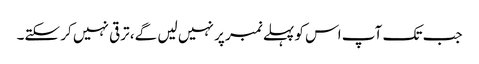
جب تک آپ اس کو پہلے نمبر پر نہیں لیں گے، ترقی نہیں کر سکتے۔